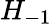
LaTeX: H_{-1}